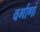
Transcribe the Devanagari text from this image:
वर्गाणां